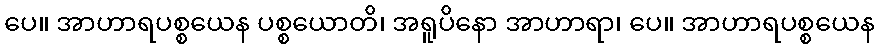
ပေ။ အာဟာရပစ္စယေန ပစ္စယောတိ၊ အရူပိနော အာဟာရာ၊ ပေ။ အာဟာရပစ္စယေန